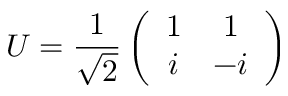
U = \frac { 1 } { \sqrt { 2 } } \left( \begin{array} { c c } { 1 } & { 1 } \\ { i } & { - i } \end{array} \right)